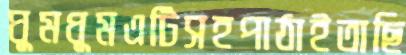
ঘুমধুমএটিসহপাঠাইতাছি